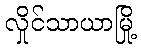
လှိုင်သာယာမြို့